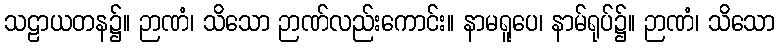
သဠာယတန၌။ ဉာဏံ၊ သိသော ဉာဏ်လည်းကောင်း။ နာမရူပေ၊ နာမ်ရုပ်၌။ ဉာဏံ၊ သိသော